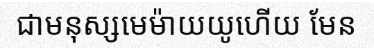
ជាមនុស្សមេម៉ាយយូហើយ មែន